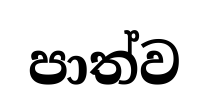
පාත්ව